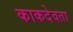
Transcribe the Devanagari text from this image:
काकदेवता